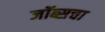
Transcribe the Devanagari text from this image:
जॉब्सचा